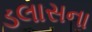
ડલાસના